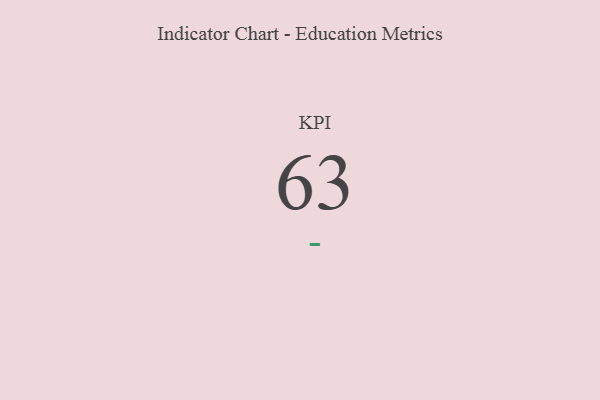
{"axis": {"x": "KPI", "y": "Value"}, "legend": [""], "data": [{"x": "KPI", "y": 63, "type": ""}]}